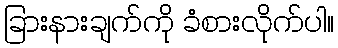
ခြားနားချက်ကို ခံစားလိုက်ပါ။